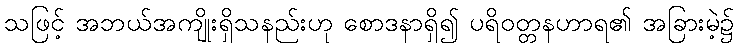
သဖြင့် အဘယ်အကျိုးရှိသနည်းဟု စောဒနာရှိ၍ ပရိဝတ္တနဟာရ၏ အခြားမဲ့၌